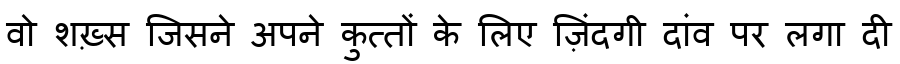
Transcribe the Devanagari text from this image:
वो शख़्स जिसने अपने कुत्तों के लिए ज़िंदगी दांव पर लगा दी